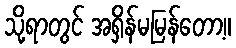
သို့ရာတွင် အရှိန်မမြန်တော့။